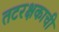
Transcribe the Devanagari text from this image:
तटरक्षकाची